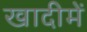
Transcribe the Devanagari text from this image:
खादीमें